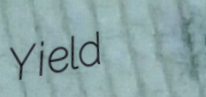
Yield